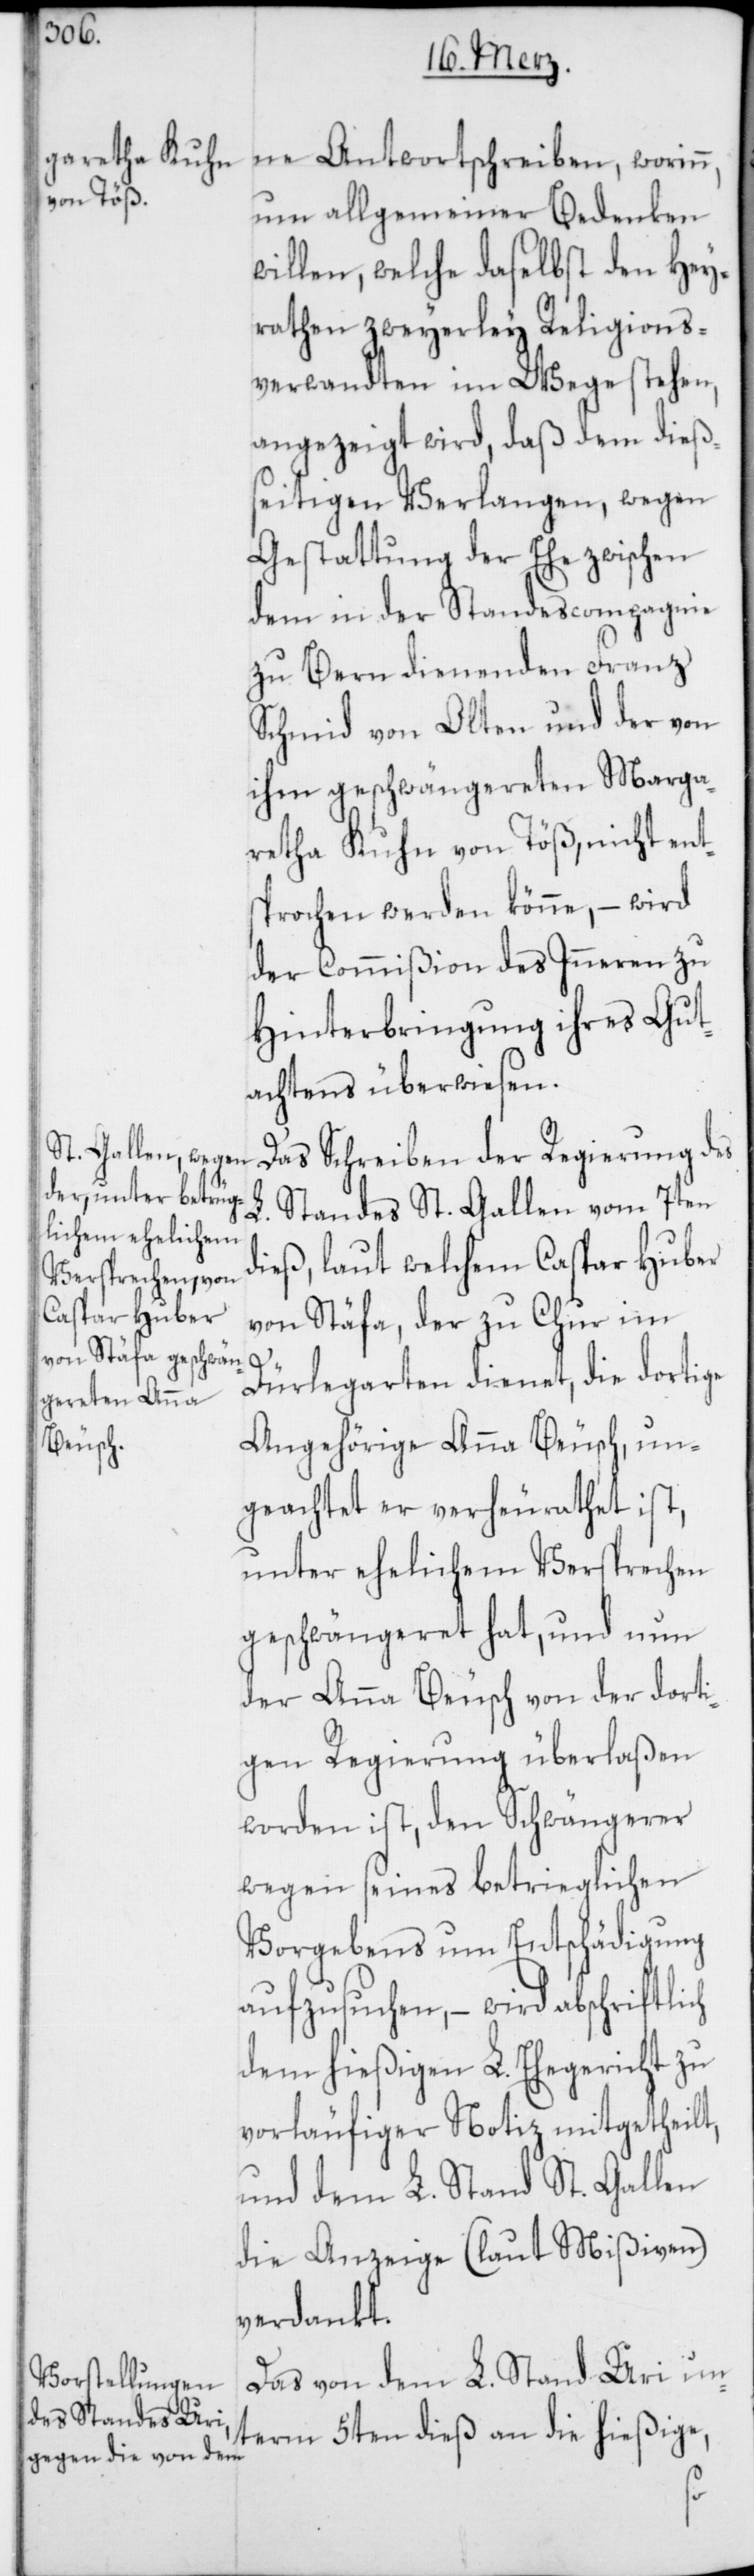
ne Antwortschreiben, worinn,
um allgemeiner Bedenken
willen, welche daselbst den Hey¬
rathen zweyerley Religions¬
verwandten im Wege stehen,
angezeigt wird, daß dem dieß¬
eitigen Verlangen, wegen
Gestattung der Ehe zwischen
dem in der Standescompagnie
zu Bern dienenden Franz
Schmid von Olten und der von
ihm geschwängereten Marga¬
retha Kuhn von Töß, nicht ent¬
sprochen werden könne, – wird
der Commißion des Inneren zu
Hinterbringung ihres Gut¬
achtens überwiesen.
Das Schreiben der Regierung des
L. Standes St. Gallen vom 7ten
dieß, laut welchem Caspar Huber
von Stäfa, der zu Chur im
ich
Dürlegarten dienet, die dortige
Angehörige Anna Beusch, un¬
geachtet er verheyrathet ist,
unter ehelichem Versprechen
geschwängeret hat, und nun
der Anna Beusch von der dorti¬
gen Regierung überlaßen
worden ist, den Schwängerer
wegen seines betrieglichen
Vorgebens um Entschädigung
aufzusuchen, – wird abschriftl¬
dem hießigen L. Ehegericht zu
vorläufiger Notiz mitgetheilt,
und dem L. Stand St. Gallen
die Anzeige (laut Mißiven)
verdankt.
Das von dem L. Stand Uri un¬
term 5ten dieß an die hießige,